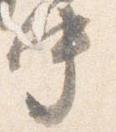
中